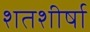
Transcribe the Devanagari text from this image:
शतशीर्षा